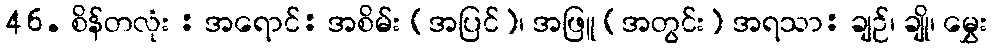
46. စိန်တလုံး : အရောင်: အစိမ်း (အပြင်)၊ အဖြူ (အတွင်း) အရသာ: ချဉ်၊ ချို၊ မွှေး